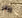
إيفي